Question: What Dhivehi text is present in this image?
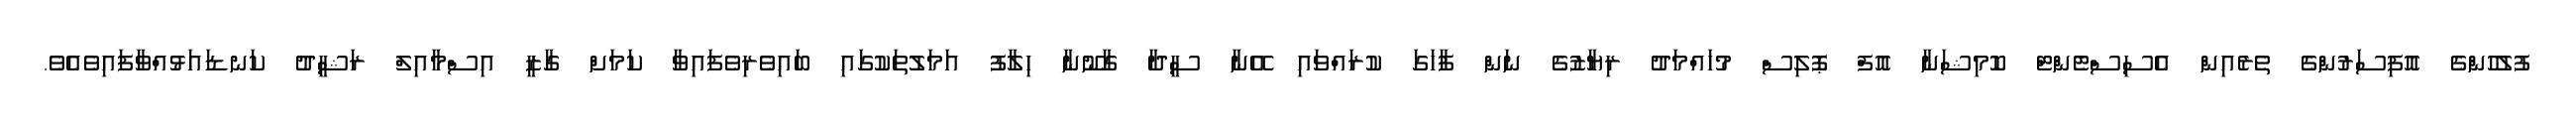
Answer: ފުލުހުންގެ އޮފިސަރުންގެ ތެރެއިން އެސިސްޓެންޓް ކޮމިޝަނާ އޮފް ޕޮލިސް މުހައްމަދު ރިޔާޒުގެ ނަން ފާހަގަ ކުރައްވައި އޭނާ ސީދާ ގާނޫނާ ހިލާފު އަމަލުތަކުގައި ބައިވެރިވެފައިވާ ކަމަށް ގާޒީ އިސްމާއިލް ރަޝީދު ކަނޑައަޅުއްވާފައިވެއެވެ.